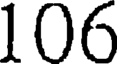
106